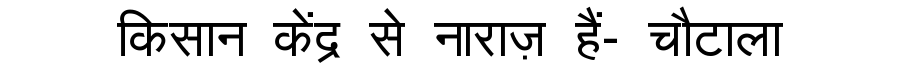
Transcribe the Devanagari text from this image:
किसान केंद्र से नाराज़ हैं- चौटाला